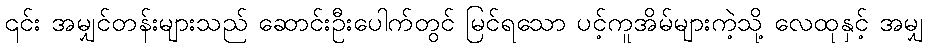
၎င်း အမျှင်တန်းများသည် ဆောင်းဦးပေါက်တွင် မြင်ရသော ပင့်ကူအိမ်များကဲ့သို့ လေထုနှင့် အမျှ